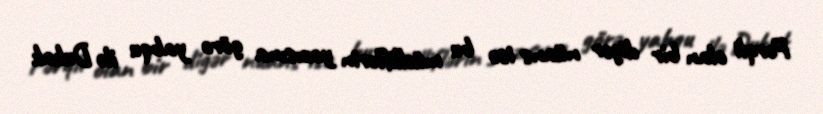
Fərqli olan bir digər nüans isə bu müəlliflərin yazısına görə yabqu ilə Dukak